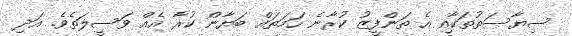
ސިޔާސަތުތަކާއި އެ ތަންފީޒު ކުރާނެ ހަމަތައް ބަޔާން ކުރާ އެއް ވަސީލަތެވެ. އަދި